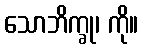
သောဘိက္ခု၊ ကို။